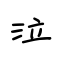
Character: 泣